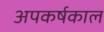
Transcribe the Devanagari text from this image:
अपकर्षकाल